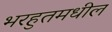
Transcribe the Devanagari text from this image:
भरहुतमधील